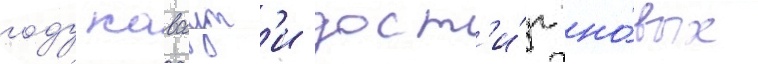
году каваут'и дост'и́г но́вых